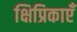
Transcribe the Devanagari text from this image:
क्षिप्रिकाएँ